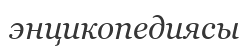
энцикопедиясы